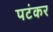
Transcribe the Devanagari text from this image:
पटंकर